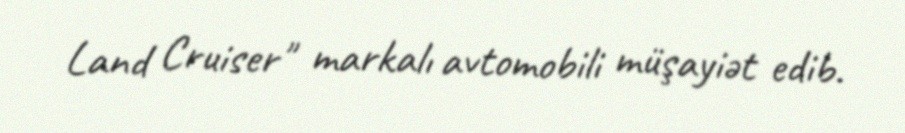
Land Cruiser" markalı avtomobili müşayiət edib.